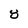
Character: 8